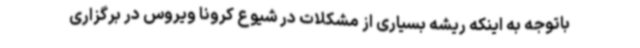
باتوجه به اینکه ریشه بسیاری از مشکلات در شیوع کرونا ویروس در برگزاری